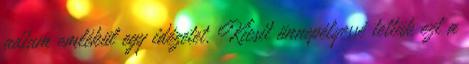
adtam emlékül egy idézetet. Kicsit ünnepélyessé tettük ezt a